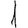
Digit: 1